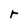
Character: r